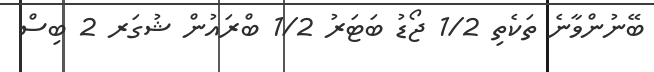
ބޭނުންވާނެ ތަކެތި 1/2 ޖޯޑު ބަޓަރު 1/2 ބްރައުން ޝުގަރ 2 ބިސް